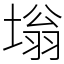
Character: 塕